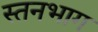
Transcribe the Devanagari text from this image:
स्तनभाग